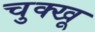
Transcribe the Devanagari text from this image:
चुक्खू